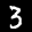
Label: 3